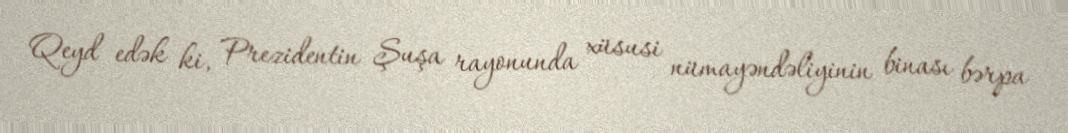
Qeyd edək ki, Prezidentin Şuşa rayonunda xüsusi nümayəndəliyinin binası bərpa